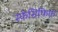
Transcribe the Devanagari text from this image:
स्फेसिफिक